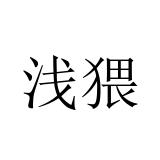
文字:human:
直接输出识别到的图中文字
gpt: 浅猥